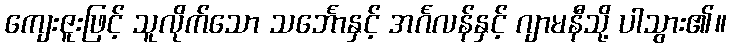
ကျေးဇူးဖြင့် သူလိုက်သော သင်္ဘောနှင့် အင်္ဂလန်နှင့် ဂျာမနီသို့ ပါသွား၏။